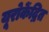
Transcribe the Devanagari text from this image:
यूरोकेंद्रित